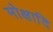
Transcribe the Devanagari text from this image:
मोक्षादि